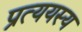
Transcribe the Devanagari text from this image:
प्रत्ययस्य